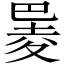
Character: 𪩮